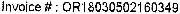
INVOICE # : OR18030502160349